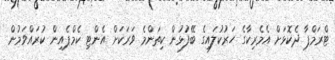
ޓްރަމްޕާ ދެކޮޅަށް އެމެރިކާގެ ހަރުކުލައިގެ ބޭފުޅުން ކިތަންމެ ވަރަކަށް އެންޓި ކެމްޕެއިން ކުރައްވަމުން